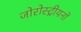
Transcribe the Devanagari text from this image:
जोरोस्ट्रीयनों